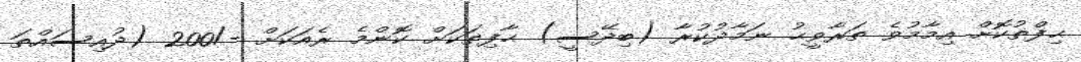
ޙިފްޡުކޮށް އިމާމުވެ ތަރާވީޙު ނަމާދުކުރާ (ބިދޭސީ) ޙާފިޡަކަށް ކޮންމެ ރެއަކަށް -/200 (ދުއިސައްތަ